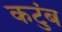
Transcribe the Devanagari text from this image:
कटुंब